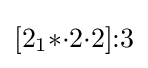
[2_{1}{*}{\cdot }2{\cdot }2]{:}3